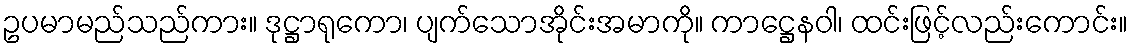
ဥပမာမည်သည်ကား။ ဒုဋ္ဌာရုကော၊ ပျက်သောအိုင်းအမာကို။ ကာဋ္ဌေနဝါ၊ ထင်းဖြင့်လည်းကောင်း။